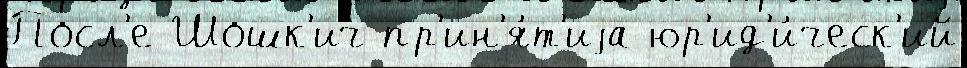
Посл'е Шошк'ич пр'ин'я́т'иjа юр'ид'и́ческ'ий